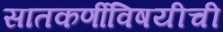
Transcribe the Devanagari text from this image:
सातकर्णीविषयीची